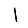
Digit: 1